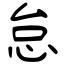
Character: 怠